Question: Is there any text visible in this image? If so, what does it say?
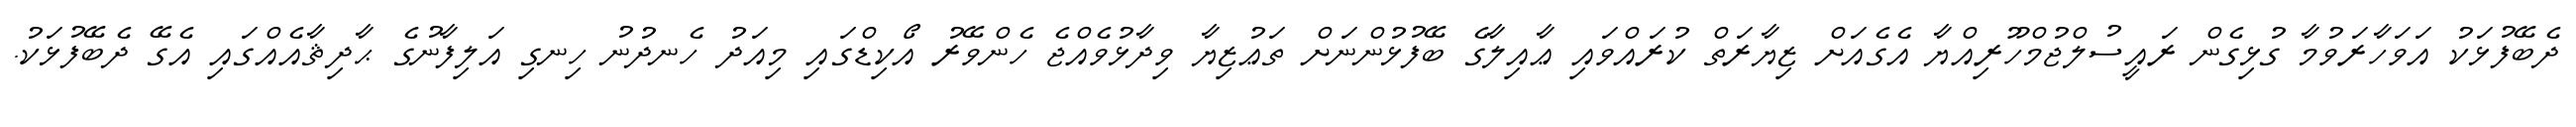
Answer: ދެބޭފުޅަކު އަވަހާރަވުމާ ގުޅިގެން ރައީސުލްޖުމްހޫރިއްޔާ އެގެއަށް ޒިޔާރަތް ކުރައްވައި ޢާއިލާގެ ބޭފުޅުންނަށް ތަޢުޒިޔާ ވިދާޅުވެއްޖެ ހެންވޭރު އޯކިޑްގައި މިއަދު ހެނދުނު ހިނގި އަލިފާނުގެ ޙާދިޘާއެއްގައި އެގޭ ދެބޭފުޅަކު.